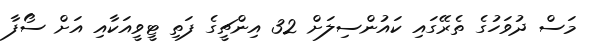
މަސް ދުވަހުގެ ތެރޭގައި ކައުންސިލަށް 32 އިންޗީގެ ފަތި ޓީވީއަކާއި އަށް ސޯފާ